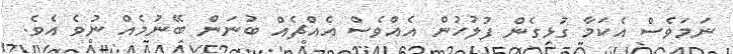
ނަމަވެސް އެކަމާ ގުޅިގެން ފުލުހުން އެއްވެސް އެއްޗެއް ބުނަން ބޭނުމެއް ނުވެ އެވެ.